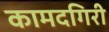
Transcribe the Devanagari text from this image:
कामदगिरी